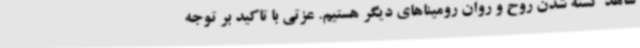
شاهد کشته شدن روح و روان رومیناهای دیگر هستیم. عزتی با تاکید بر توجه